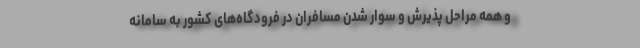
و همه مراحل پذیرش و سوار شدن مسافران در فرودگاه‌های کشور به سامانه